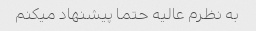
به نظرم عالیه حتما پیشنهاد میکنم